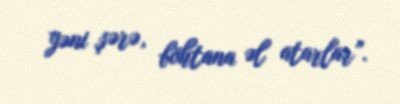
yəni şərə, böhtana əl atarlar”.